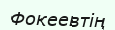
Фокеевтің